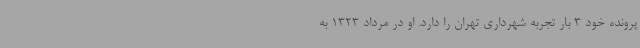
پرونده خود 3 بار تجربه شهرداری تهران را دارد. او در مرداد 1323 به